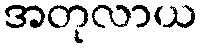
အတုလာယ